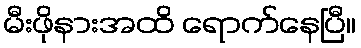
မီးဖိုနားအထိ ရောက်နေပြီ။